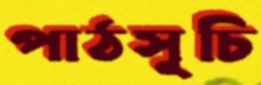
পাঠসূচি